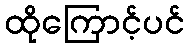
ထိုကြောင့်ပင်